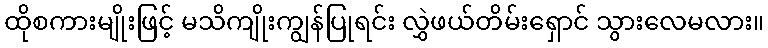
ထိုစကားမျိုးဖြင့် မသိကျိုးကျွန်ပြုရင်း လွှဲဖယ်တိမ်းရှောင် သွားလေမလား။